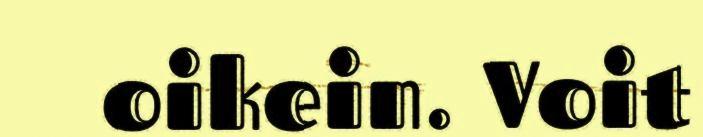
oikein. Voit